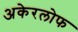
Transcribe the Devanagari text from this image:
अकेरलोफ